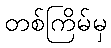
တစ်ကြိမ်မှ